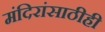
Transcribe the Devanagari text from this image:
मंदिरांसाठीही